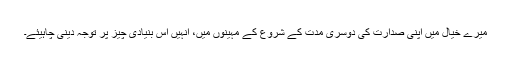
میرے خیال میں اپنی صدارت کی دوسری مدت کے شروع کے مہینوں میں، انہیں اس بنیادی چیز پر توجہ دینی چاہیئے۔